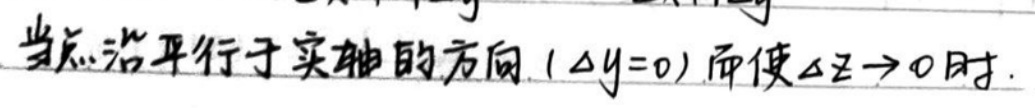
当点沿平行于实轴的方向（$\Delta y = 0$）而使$\Delta z\rightarrow0$时.